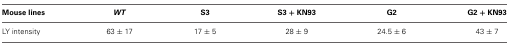
<table><thead><tr><td><b>Mouse lines</b></td><td><b><i>WT</i></b></td><td><b>S3</b></td><td><b>S3 + KN93</b></td><td><b>G2</b></td><td><b>G2 + KN93</b></td></tr></thead><tbody><tr><td>LY intensity</td><td>63 ± 17</td><td>17 ± 5</td><td>28 ± 9</td><td>24.5 ± 6</td><td>43 ± 7</td></tr></tbody></table>